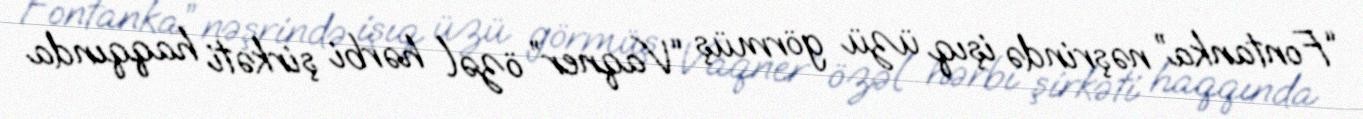
“Fontanka” nəşrində işıq üzü görmüş “Vaqner” özəl hərbi şirkəti haqqında